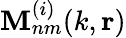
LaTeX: \mathbf{M}_{nm}^{(i)}(k,\mathbf{r})